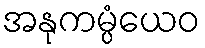
အနုကမ္ပံယေဝ